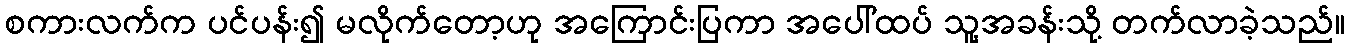
စကားလက်က ပင်ပန်း၍ မလိုက်တော့ဟု အကြောင်းပြကာ အပေါ်ထပ် သူ့အခန်းသို့ တက်လာခဲ့သည်။